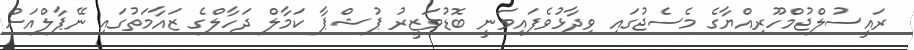
ރައީސުލްޖުމްހޫރިއްޔާގެ މެސެޖުގައި ވިދާޅުވެފައިވަނީ ބޮޑުވަޒީރު ޕުޝްޕާ ކަމާލް ދަހާލްގެ ޒައާމަތުގައި ނޭޕާލްއަށް